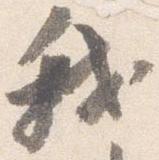
我